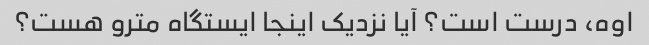
اوه، درست است؟ آیا نزدیک اینجا ایستگاه مترو هست؟